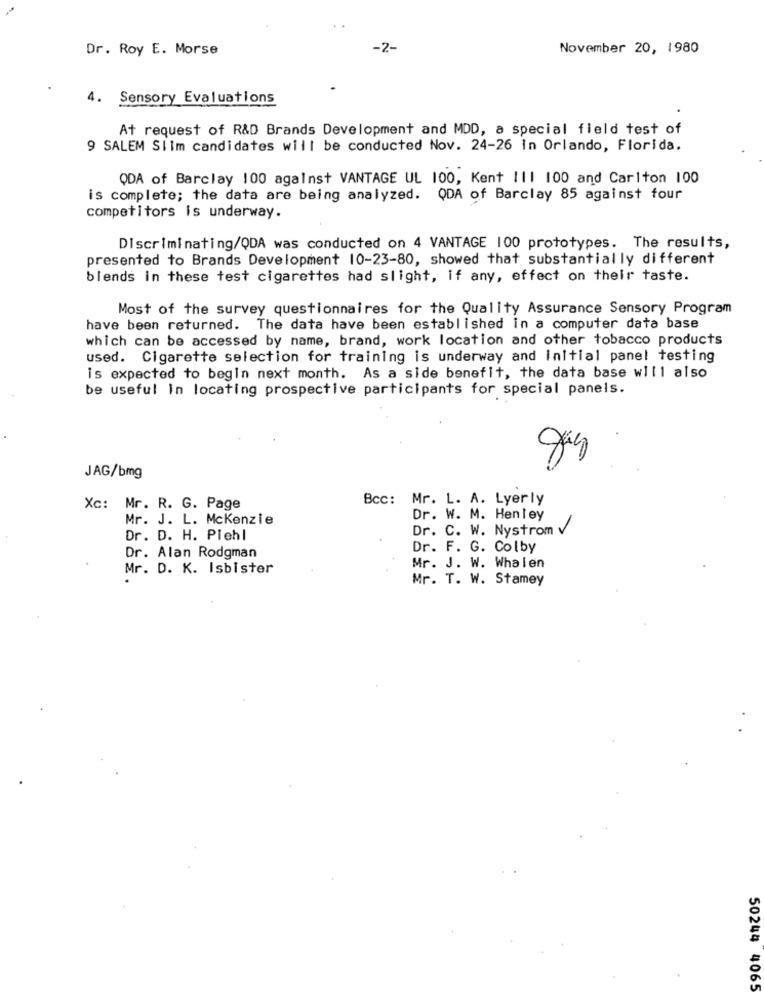
Dr. Roy E. Morse
-2-
November 20, 1980
4. Sensory Evaluations
A+ request of R&D Brands Development and MDD, a special field test of
9 SALEM SIIm candidates will be conducted Nov. 24-26 in Orlando, Florida.
QDA of Barclay 100 against VANTAGE UL 100, Kent I11 100 and Carlton 100
is complete; the data are being analyzed. QDA of Barclay 85 against four
competitors is underway.
Discriminating/QDA was conducted on 4 VANTAGE 100 prototypes. The results,
presented to Brands Development 10-23-80, showed that substantially different
blends in these test cigarettes had slight, if any, effect on their taste.
Most of the survey questionnaires for the Quality Assurance Sensory Program
have been returned. The data have been established in a computer data base
which can be accessed by name, brand, work location and other tobacco products
used. Cigarette selection for training is underway and Initial panel testing
is expected to begin next month. As a side benefit, the data base will also
be useful in locating prospective participants for special panels.
JAG/bmg
Bcc: Mr. L. A. Lyerly
Xc: Mr. R. G. Page
Mr. J. L. Mckenzie
Dr. W. M. Henley
Dr. C. W. Nystrom v
Dr. D. H. Piehl
Dr. F. G. Colby
Dr. Alan Rodgman
Mr. D. K. Isbister
Mr. J. W. Whalen
Mr. T. W. Stamey
50244 4065